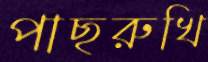
পাছরুখি